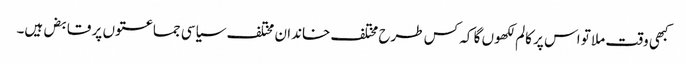
کبھی وقت ملا تو اس پر کالم لکھوں گا کہ کس طرح مختلف خاندان مختلف سیاسی جماعتوں پر قابض ہیں۔